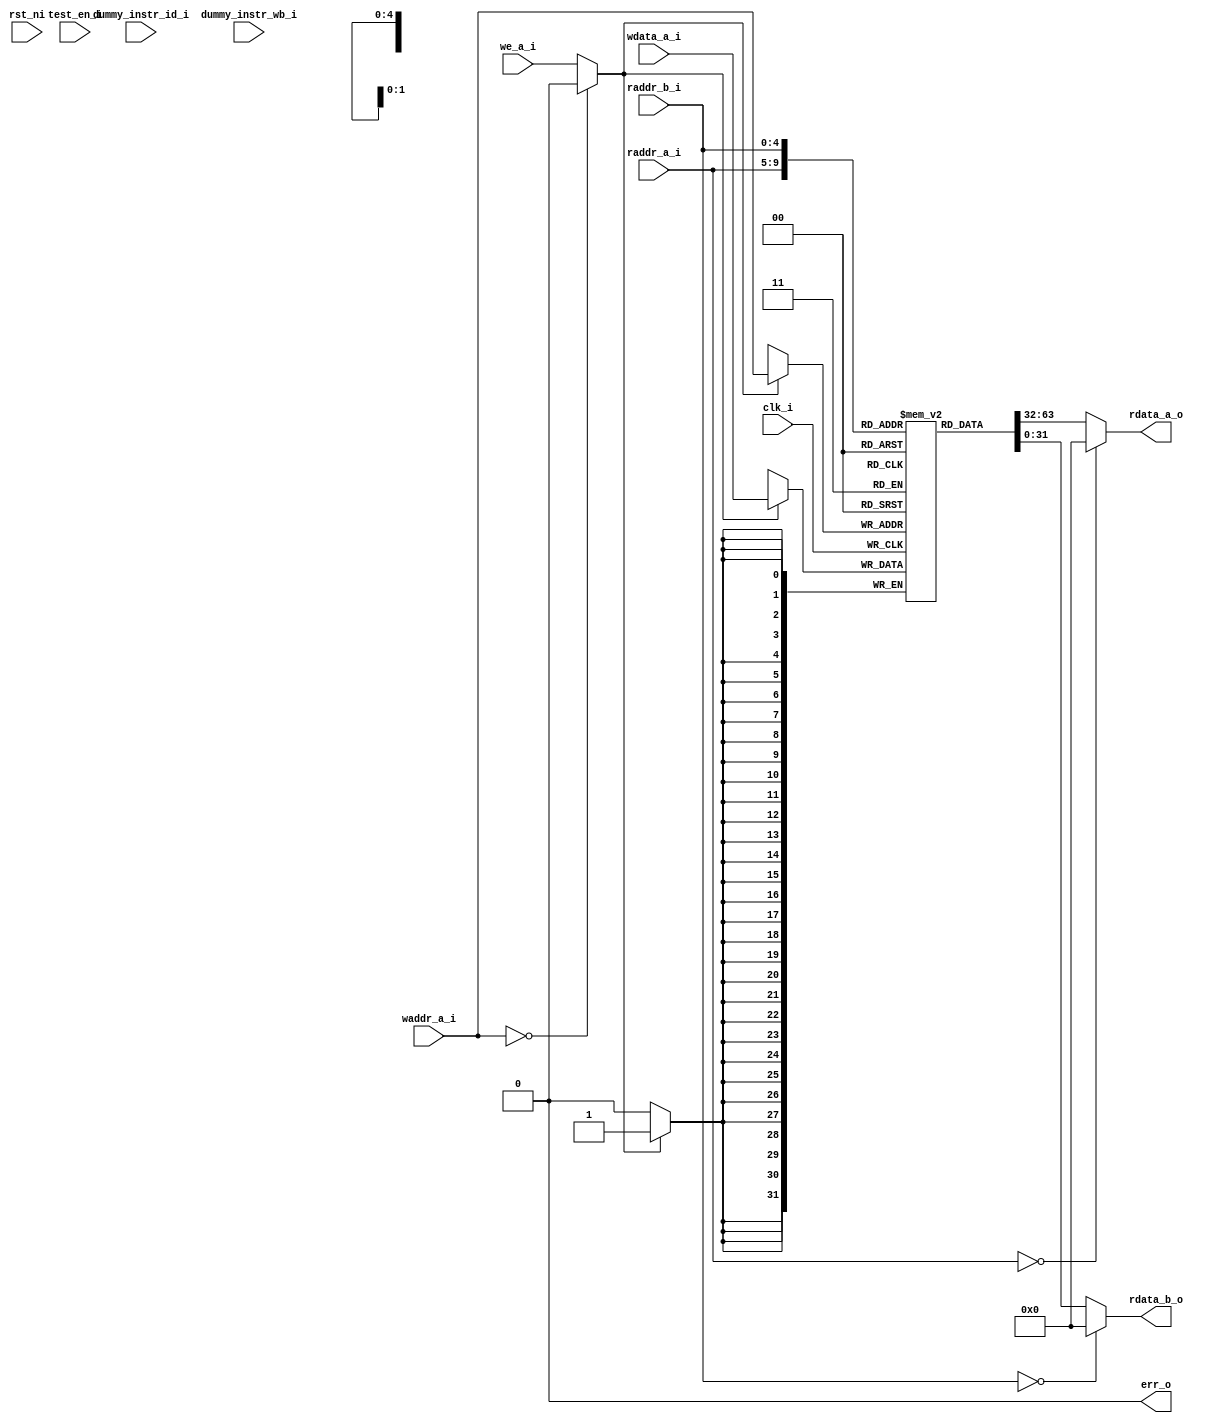
module ibex_register_file_fpga (
	clk_i,
	rst_ni,
	test_en_i,
	dummy_instr_id_i,
	dummy_instr_wb_i,
	raddr_a_i,
	rdata_a_o,
	raddr_b_i,
	rdata_b_o,
	waddr_a_i,
	wdata_a_i,
	we_a_i,
	err_o
);
	parameter [0:0] RV32E = 0;
	parameter [31:0] DataWidth = 32;
	parameter [0:0] DummyInstructions = 0;
	parameter [0:0] WrenCheck = 0;
	parameter [DataWidth - 1:0] WordZeroVal = 1'sb0;
	input wire clk_i;
	input wire rst_ni;
	input wire test_en_i;
	input wire dummy_instr_id_i;
	input wire dummy_instr_wb_i;
	input wire [4:0] raddr_a_i;
	output wire [DataWidth - 1:0] rdata_a_o;
	input wire [4:0] raddr_b_i;
	output wire [DataWidth - 1:0] rdata_b_o;
	input wire [4:0] waddr_a_i;
	input wire [DataWidth - 1:0] wdata_a_i;
	input wire we_a_i;
	output wire err_o;
	localparam signed [31:0] ADDR_WIDTH = (RV32E ? 4 : 5);
	localparam signed [31:0] NUM_WORDS = 2 ** ADDR_WIDTH;
	reg [DataWidth - 1:0] mem [0:NUM_WORDS - 1];
	wire we;
	assign rdata_a_o = (raddr_a_i == {5 {1'sb0}} ? {DataWidth {1'sb0}} : mem[raddr_a_i]);
	assign rdata_b_o = (raddr_b_i == {5 {1'sb0}} ? {DataWidth {1'sb0}} : mem[raddr_b_i]);
	assign we = (waddr_a_i == {5 {1'sb0}} ? 1'b0 : we_a_i);
	generate
		if (WrenCheck) begin : gen_wren_check
			assign err_o = we && !we_a_i;
		end
		else begin : gen_no_wren_check
			assign err_o = 1'b0;
		end
	endgenerate
	always @(posedge clk_i) begin : sync_write
		if (we == 1'b1)
			mem[waddr_a_i] <= wdata_a_i;
	end
	initial begin : sv2v_autoblock_1
		reg signed [31:0] k;
		for (k = 0; k < NUM_WORDS; k = k + 1)
			mem[k] = WordZeroVal;
	end
	wire unused_rst_ni;
	assign unused_rst_ni = rst_ni;
	wire unused_dummy_instr;
	assign unused_dummy_instr = dummy_instr_id_i ^ dummy_instr_wb_i;
	wire unused_test_en;
	assign unused_test_en = test_en_i;
endmodule